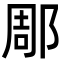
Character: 郮